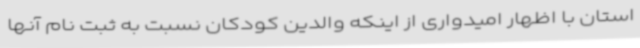
استان با اظهار امیدواری از اینکه والدین کودکان نسبت به ثبت نام آنها